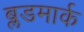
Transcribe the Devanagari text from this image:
ब्लडमार्क